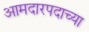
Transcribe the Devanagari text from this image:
आमदारपदाच्या